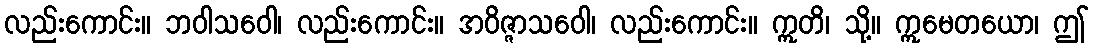
လည်းကောင်း။ ဘဝါသဝေါ၊ လည်းကောင်း။ အဝိဇ္ဇာသဝေါ၊ လည်းကောင်း။ ဣတိ၊ သို့။ ဣမေတယော၊ ဤ